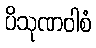
ပိသုဏဝါစံ